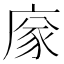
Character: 𢉭